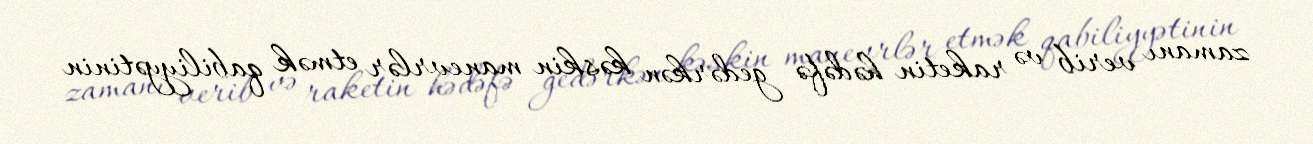
zamanı verib və raketin hədəfə gedərkən kəskin manevrlər etmək qabiliyyətinin